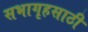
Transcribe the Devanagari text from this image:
सभागृहसाठी